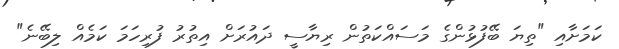
ކަމަށާއި "ތިޔަ ބޭފުޅުންގެ މަސައްކަތުން ރިޔާސީ ދައުރަށް އިތުރު ފުރިހަމަ ކަމެއް ލިބޭނެ"